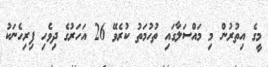
މީގެ އިތުރުން މި މައްސަލާގައި ތުހުމަތު ކުރެވޭ 26 އަހަރުގެ ދިވެހި ފިރިހެނަކު